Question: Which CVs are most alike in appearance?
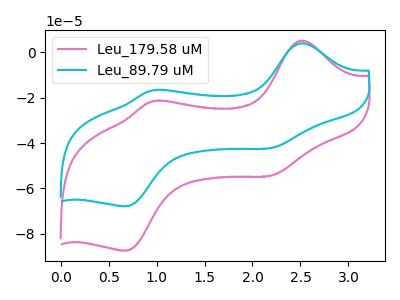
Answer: <think>The pink curve "Leu_179.58 uM" has anodic peaks at (2.50V, 5.20uA) (0.95V, -21.55uA) and cathodic peaks at (2.20V, -54.35uA) (0.70V, -87.50uA). The cyan curve "Leu_89.79 uM" has anodic peaks at (2.50V, 4.00uA) (0.95V, -16.70uA) and cathodic peaks at (2.20V, -42.15uA) (0.70V, -67.90uA).
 All the peaks in "Leu_179.58 uM" have a peak in "Leu_89.79 uM" at the same potential.</think>
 <answer>"Leu_179.58 uM" and "Leu_89.79 uM" have the same shape and are likely CV's of the same chemical.</answer>
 <eval>"Leu_179.58 uM" "Leu_89.79 uM"</eval>